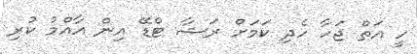
ހީ އަތް ޖަހާ ހެދި ކަމަށް ރަޝާ ޓްޑޭ އިން އާއްމު ކުރި